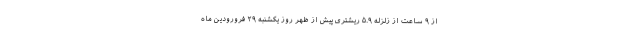
از ۹ ساعت از زلزله ۵.۹ ریشتری پیش از ظهر روز یکشنبه ۲۹ فرورودین ماه